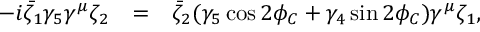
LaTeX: \begin{array} { l c l } { { - i \bar { \zeta } _ { 1 } \gamma _ { 5 } \gamma ^ { \mu } \zeta _ { 2 } } } & { { = } } & { { \bar { \zeta } _ { 2 } ( \gamma _ { 5 } \cos 2 \phi _ { C } + \gamma _ { 4 } \sin 2 \phi _ { C } ) \gamma ^ { \mu } \zeta _ { 1 } , } } \end{array}